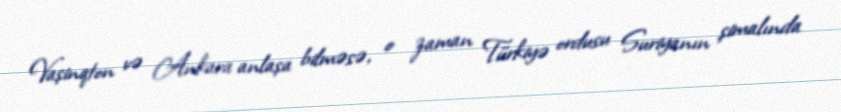
Vaşinqton və Ankara anlaşa bilməsə, o zaman Türkiyə ordusu Suriyanın şimalında